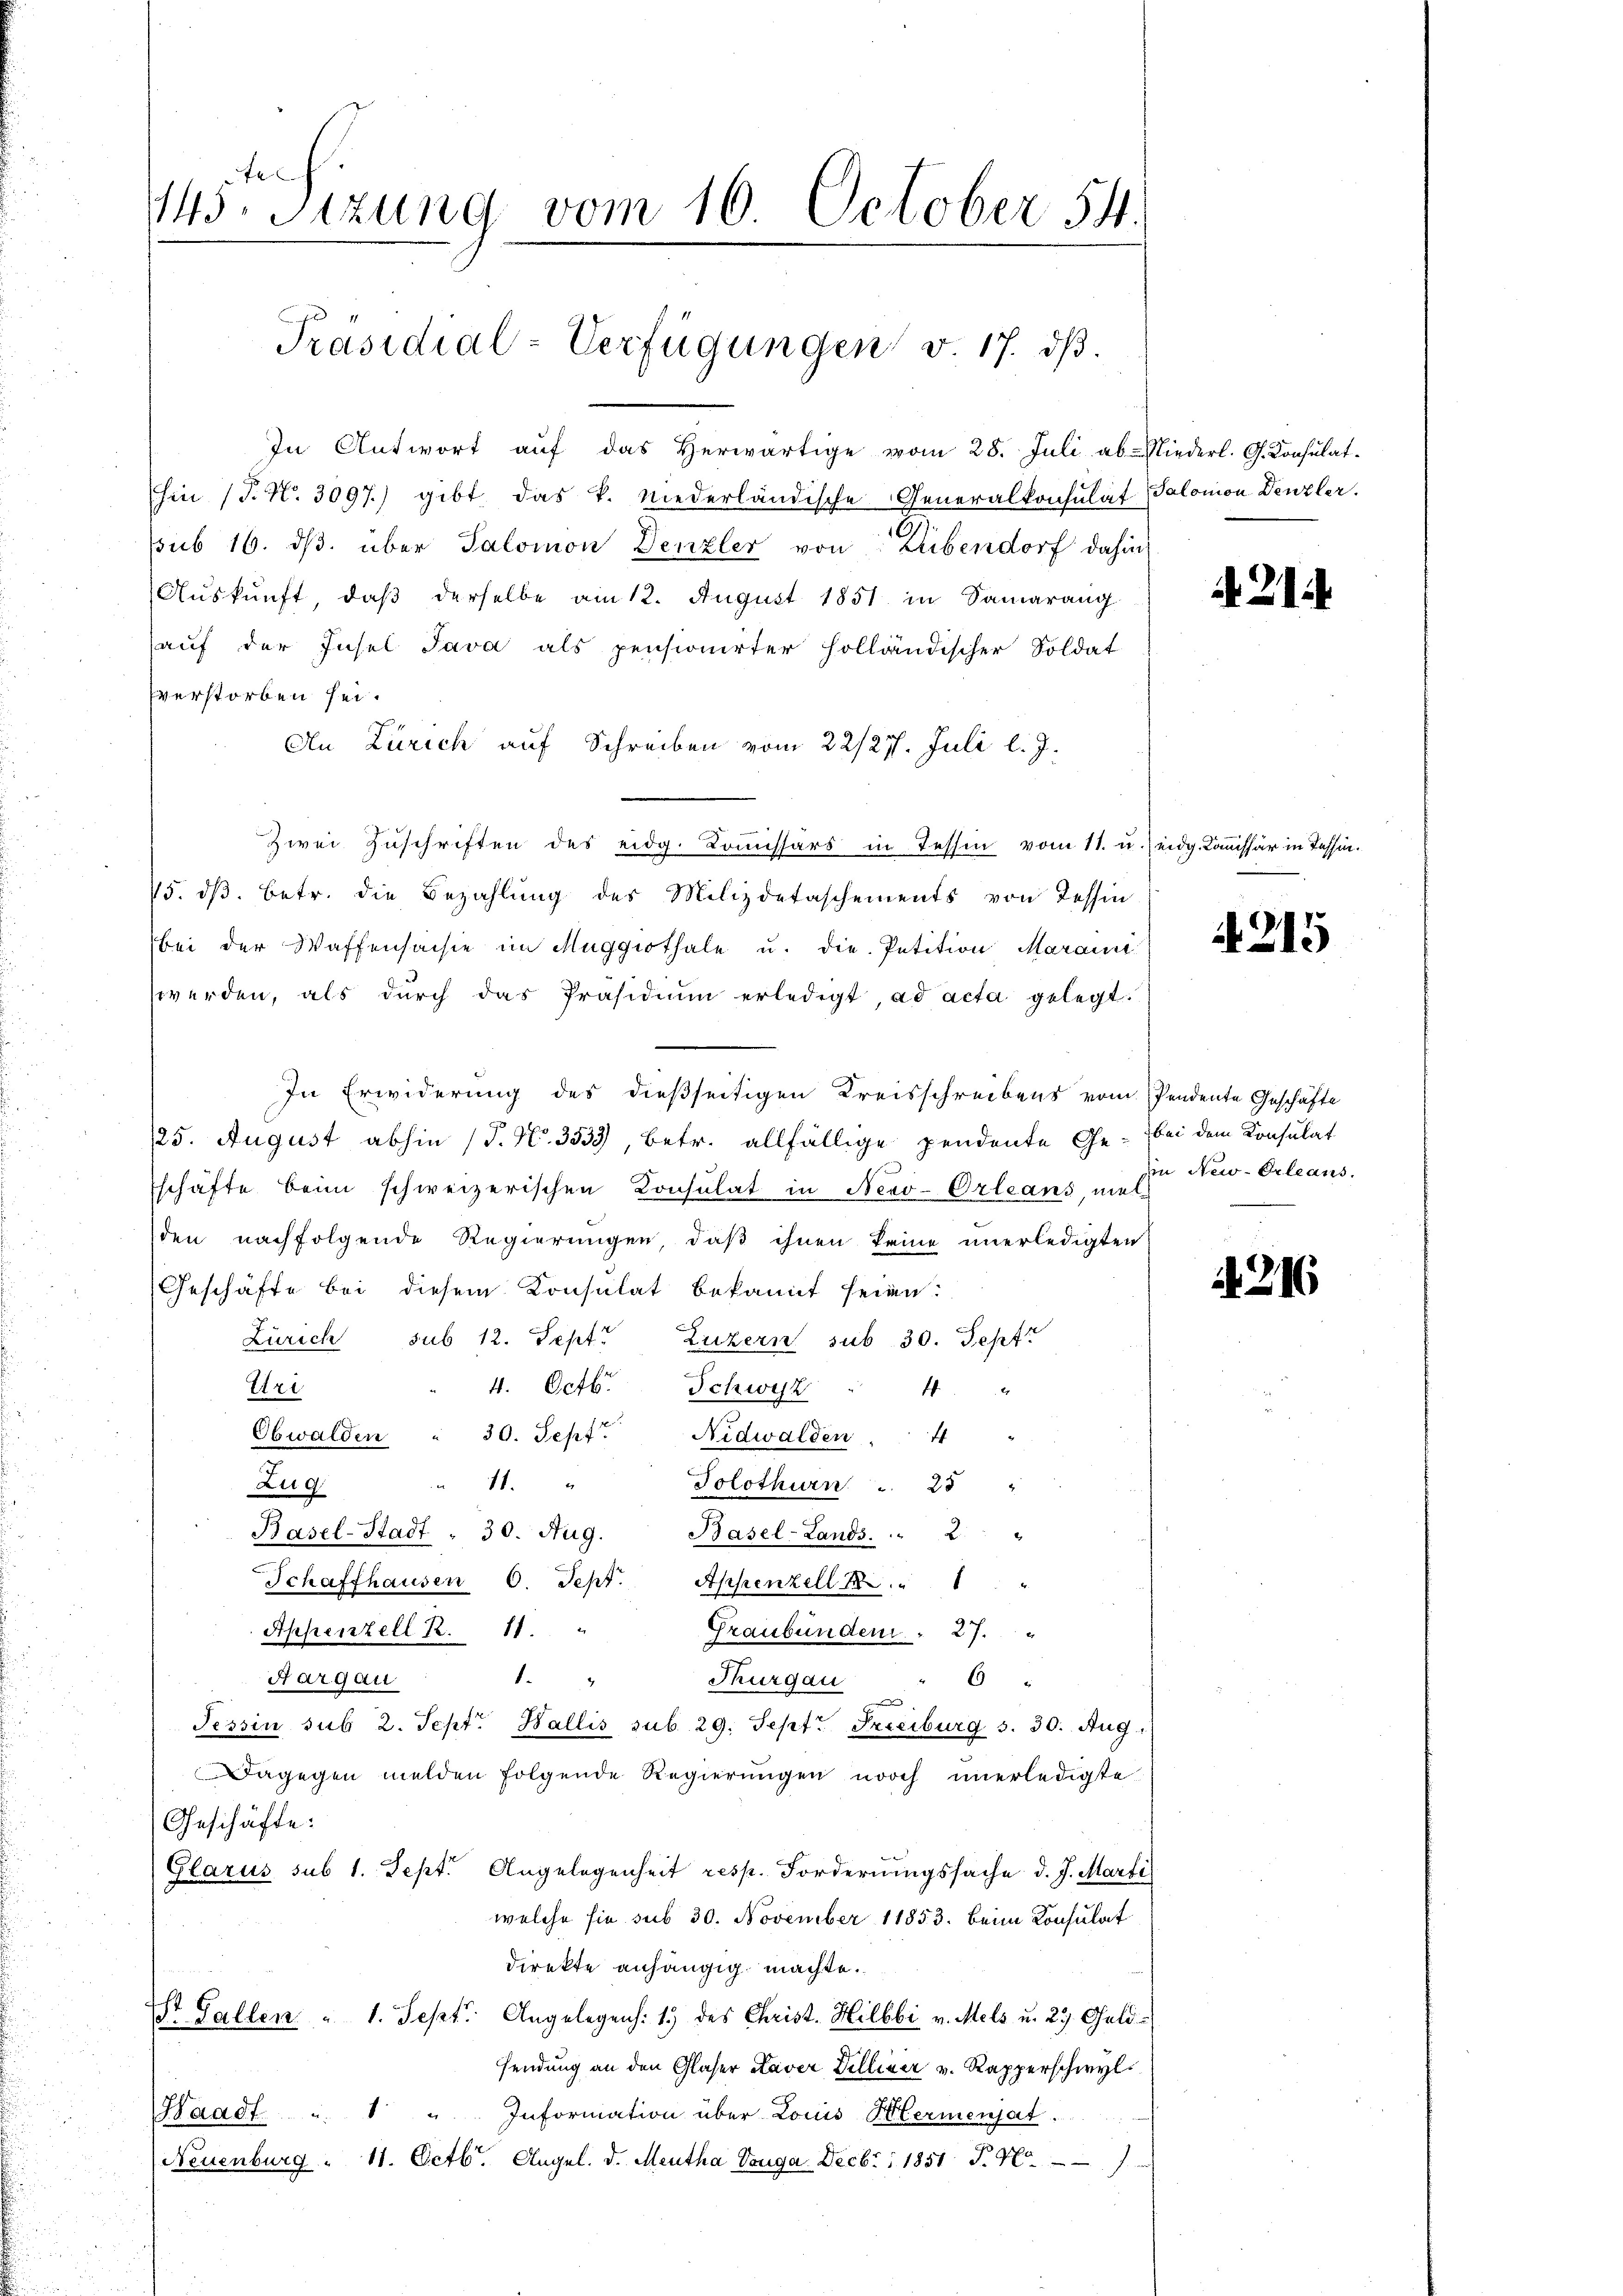
te
143. Sitzung vom 16. October 54.
Präsidial-Verfügungen v. 17. dβ.

In Antwort aŭf das herwärtige vom 28. Juli ab. Niederl. G. Konsulat
hin (T. No. 3097.) gibt, das k. niederländische Generalkonsulat Salomon Denzler.
sub 16. dβ über Salomon Denzler von Dübendorf dahin
Aŭskŭnft, daβ derselbe am 12. August 1851 in Samarang
aŭf der Insel Java als pensionirter holländischer Soldat
verstorben sei.
An Zürich auf Schreiben vom 22/27. Juli l. J.
zwei Zuschriften des eidg. Kommissärs in Tessin vom 11. u. eidg. Kommissär in Tessin.
75. dβ. betr. die Bezahlŭng des Milizdetaschements von Tessin
bei der Waffensaisie im Muggithale u. die Petition Marain
werden, als dŭrch das Präsidiŭm erledigt, ad acta gelegt.
In Erwiderung des dießseitigen Kreisschreibens vom Pendente Geschäfte
125. August abhin (P. Nr. 3333, betr. allfällige pendente Ge- bei dem Konsulat
schäfte beim schweizerischen Consulat in Neeo-Orleans, mal
den nachfolgende Regierungen, daß ihnen keine unerledigten
Geschäfte bei diesem Konsulat bekannt seien:
Zürich sub 12. Sept. Luzern sub 30. Sept
4. Octb.
Uri
Schwyz " 4 "
Obwalden " 30. Sept. Nidwalden. 4 "
11.
Solothurn . 25 "
Zug
Basel-Stadt - 30. Aug. Basel-Lands. " 2 "
Schaffhausen 6. Sept. Appenzell 14 " " "
Appenzell R. 11.
Graubünden 27.
.
Aargau
Thurgau
" 6
.
Tessin sub 2. Sept. Wallis sub 29. Sept. Preciburg S. 30. Aug.
Dagegen melden folgende Regierungen noch unerledigte
Geschäfte:
Glarus sub 1. Sept. Angelegenheit resp. Forderungssache d. J. Marti
welche sie sub 30. November 11853. beim Konsulat
direkte anhängig machte.
st Gallen " 1. Sept. Angelegen: 1) des Christ. Hilbbi v. Mels u. 29. Geld-
sendung an den Glaser Taver Billiger v. Rapperschwyl
Haadf " " " Information über Louis Hermenjat.
Neuenburg. 11. Octb. Angel. d. Mentha Vouga Decbr 1851 S. 47

. 21.

A 215

in New-Orleans.

. 216